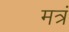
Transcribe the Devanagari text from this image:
मत्रं